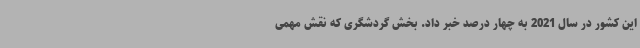
این کشور در سال 2021 به چهار درصد خبر داد. بخش گردشگری که نقش مهمی